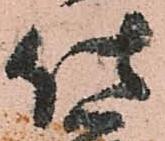
仕